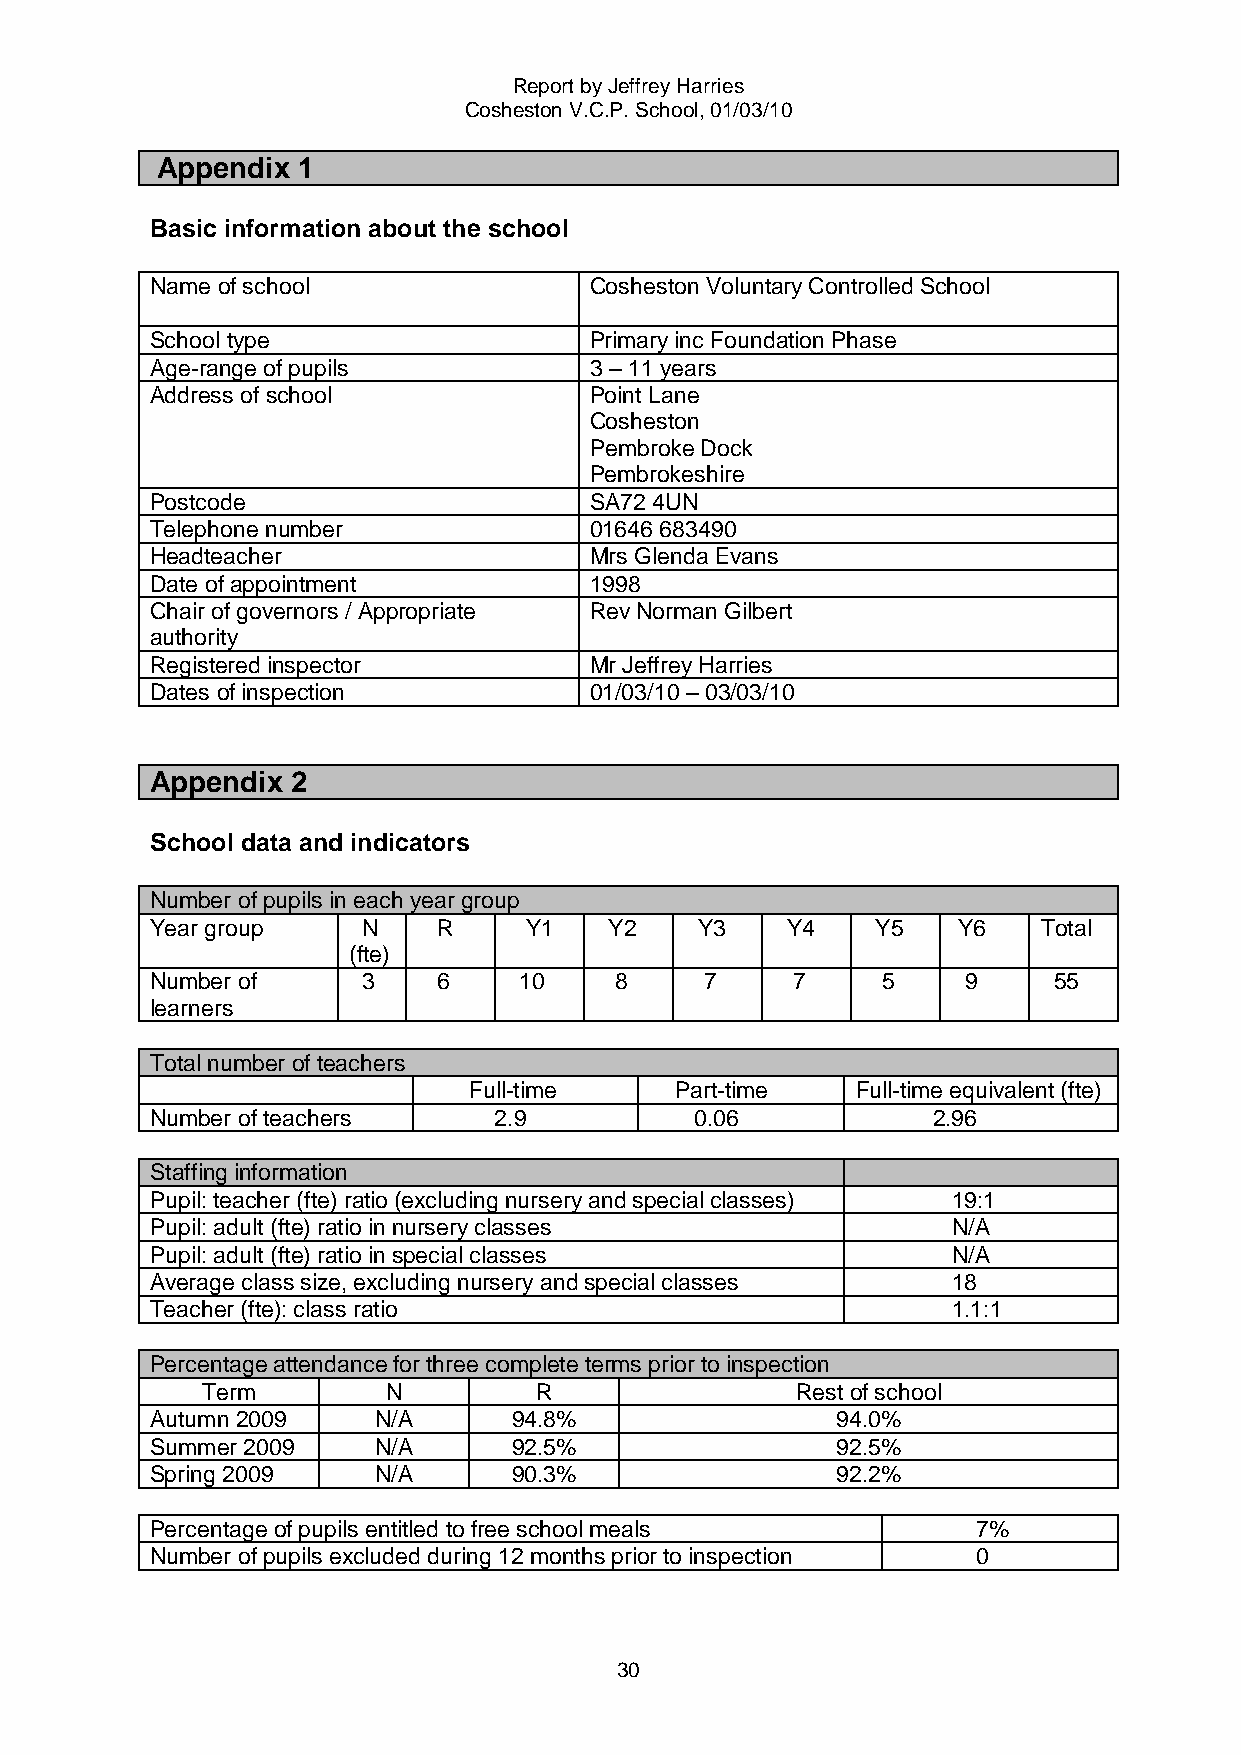
Report by Jeffrey Harries
 Cosheston V.C.P. School, 01/03/10
 Appendix  1
 Basic information about the school
 Name of school               Cosheston Voluntary Controlled School
 School type                  Primary inc Foundation Phase
 Age-range of pupils          3 – 11 years
 Address of school            Point Lane
 Cosheston
 Pembroke Dock
 Pembrokeshire
 Postcode                     SA72 4UN
 Telephone number             01646 683490
 Headteacher                  Mrs Glenda Evans
 Date of appointment          1998
 Chair of governors / Appropriate Rev Norman Gilbert
 authority
 Registered inspector         Mr Jeffrey Harries
 Dates of inspection          01/03/10 – 03/03/10
 Appendix 2
 School data and indicators
 Number of pupils in each year group
 Year group    N    R     Y1   Y2    Y3    Y4    Y5   Y6    Total
 (fte)
 Number of     3    6    10     8     7    7     5     9     55
 learners
 Total number of teachers
 Full-time     Part-time   Full-time equivalent (fte)
 Number of teachers     2.9          0.06            2.96
 Staffing information
 Pupil: teacher (fte) ratio (excluding nursery and special classes) 19:1
 Pupil: adult (fte) ratio in nursery classes          N/A
 Pupil: adult (fte) ratio in special classes          N/A
 Average class size, excluding nursery and special classes 18
 Teacher (fte): class ratio                           1.1:1
 Percentage attendance for three complete terms prior to inspection
 Term         N        R                 Rest of school
 Autumn 2009    N/A      94.8%                94.0%
 Summer 2009    N/A      92.5%                92.5%
 Spring 2009    N/A      90.3%                92.2%
 Percentage of pupils entitled to free school meals     7%
 Number of pupils excluded during 12 months prior to inspection 0
 30